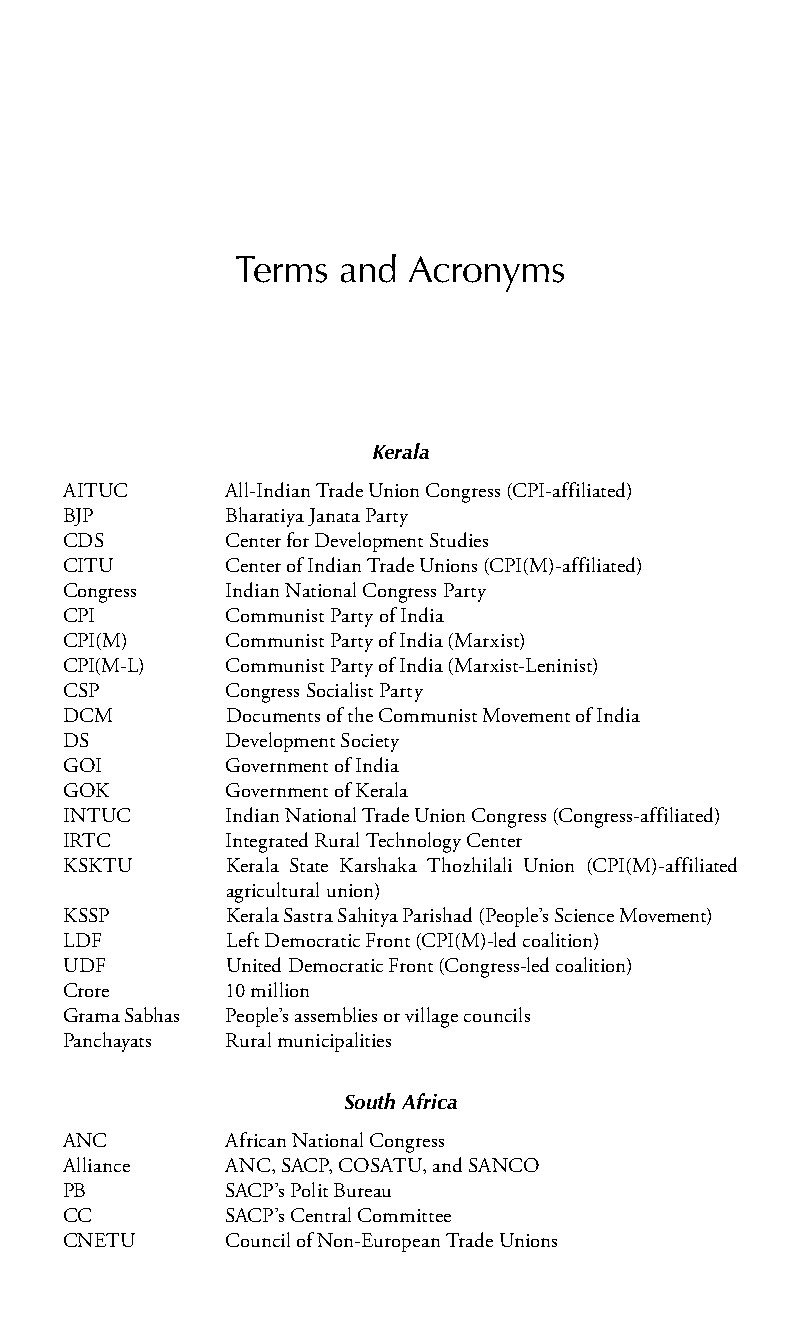
Terms  and Acronyms
 Kerala
 AITUC  All-Indian Trade Union Congress (CPI-affiliated)
 BJP    Bharatiya Janata Party
 CDS    Center for Development Studies
 CITU   Center of Indian Trade Unions (CPI(M)-affiliated)
 Congress Indian National Congress Party
 CPI    Communist Party of India
 CPI(M) Communist Party of India (Marxist)
 CPI(M-L) Communist Party of India (Marxist-Leninist)
 CSP    Congress Socialist Party
 DCM    Documents of the Communist Movement of India
 DS     Development Society
 GOI    Government of India
 GOK    Government of Kerala
 INTUC  Indian National Trade Union Congress (Congress-affiliated)
 IRTC   Integrated Rural Technology Center
 KSKTU  Kerala State Karshaka Thozhilali Union (CPI(M)-affiliated
 agricultural union)
 KSSP   Kerala Sastra Sahitya Parishad (People’s Science Movement)
 LDF    Left Democratic Front (CPI(M)-led coalition)
 UDF    United Democratic Front (Congress-led coalition)
 Crore  10 million
 Grama Sabhas People’s assemblies or village councils
 Panchayats Rural municipalities
 South Africa
 ANC    African National Congress
 Alliance ANC, SACP, COSATU, and SANCO
 PB     SACP’s Polit Bureau
 CC     SACP’s Central Committee
 CNETU  Council of Non-European Trade Unions
 99778800223300660066440011ttss0011..iinndddd xxii 33//2277//22000088 33::0000::0066 PPMM